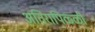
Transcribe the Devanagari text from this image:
अतिरापिळ्ळी